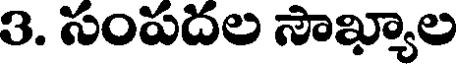
3. సంపదల సౌఖ్యాల